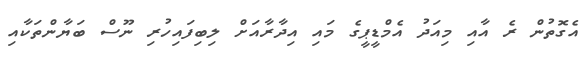
އެގޮތުން ރެ އާއި މިއަދު އެމްޑީޕީގެ މައި އިދާރާއަށް ލިބިފައިހުރި ނޫސް ބަޔާންތަކާއި